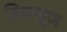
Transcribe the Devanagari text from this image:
डिफ्यूज